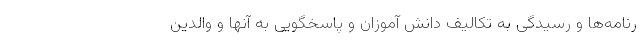
رنامه‌ها و رسیدگی به تکالیف دانش آموزان و پاسخگویی به آنها و والدین